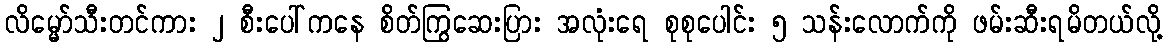
လိမ္မော်သီးတင်ကား ၂ စီးပေါ်ကနေ စိတ်ကြွဆေးပြား အလုံးရေ စုစုပေါင်း ၅ သန်းလောက်ကို ဖမ်းဆီးရမိတယ်လို့